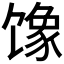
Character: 𱄇